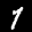
Label: 7